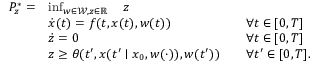
\begin{array} { r l r l } { P _ { z } ^ { * } = } & { \operatorname* { i n f } _ { w \in \mathcal { W } , z \in \mathbb { R } } \quad z } \\ & { \dot { x } ( t ) = f ( t , x ( t ) , w ( t ) ) } & & { \forall t \in [ 0 , T ] } \\ & { \dot { z } = 0 } & & { \forall t \in [ 0 , T ] } \\ & { z \geq \theta ( t ^ { \prime } , x ( t ^ { \prime } \mid x _ { 0 } , w ( \cdot ) ) , w ( t ^ { \prime } ) ) } & & { \forall t ^ { \prime } \in [ 0 , T ] . } \end{array}